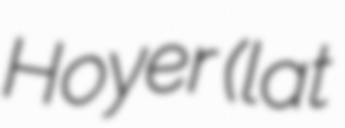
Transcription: Hoyer (lat